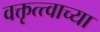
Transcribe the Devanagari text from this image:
वक्तृत्त्वाच्या